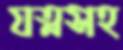
যত্নসহ